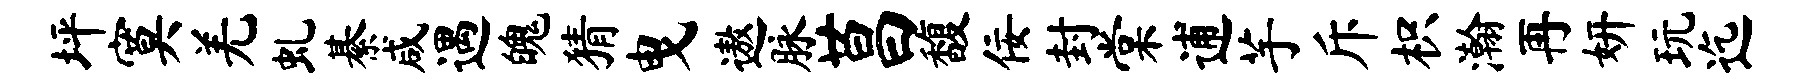
坪寞羌虬綦咸遇魄猜曳遨脉莒馥佞封棠逋芋斥枳瀚再妍玩迄